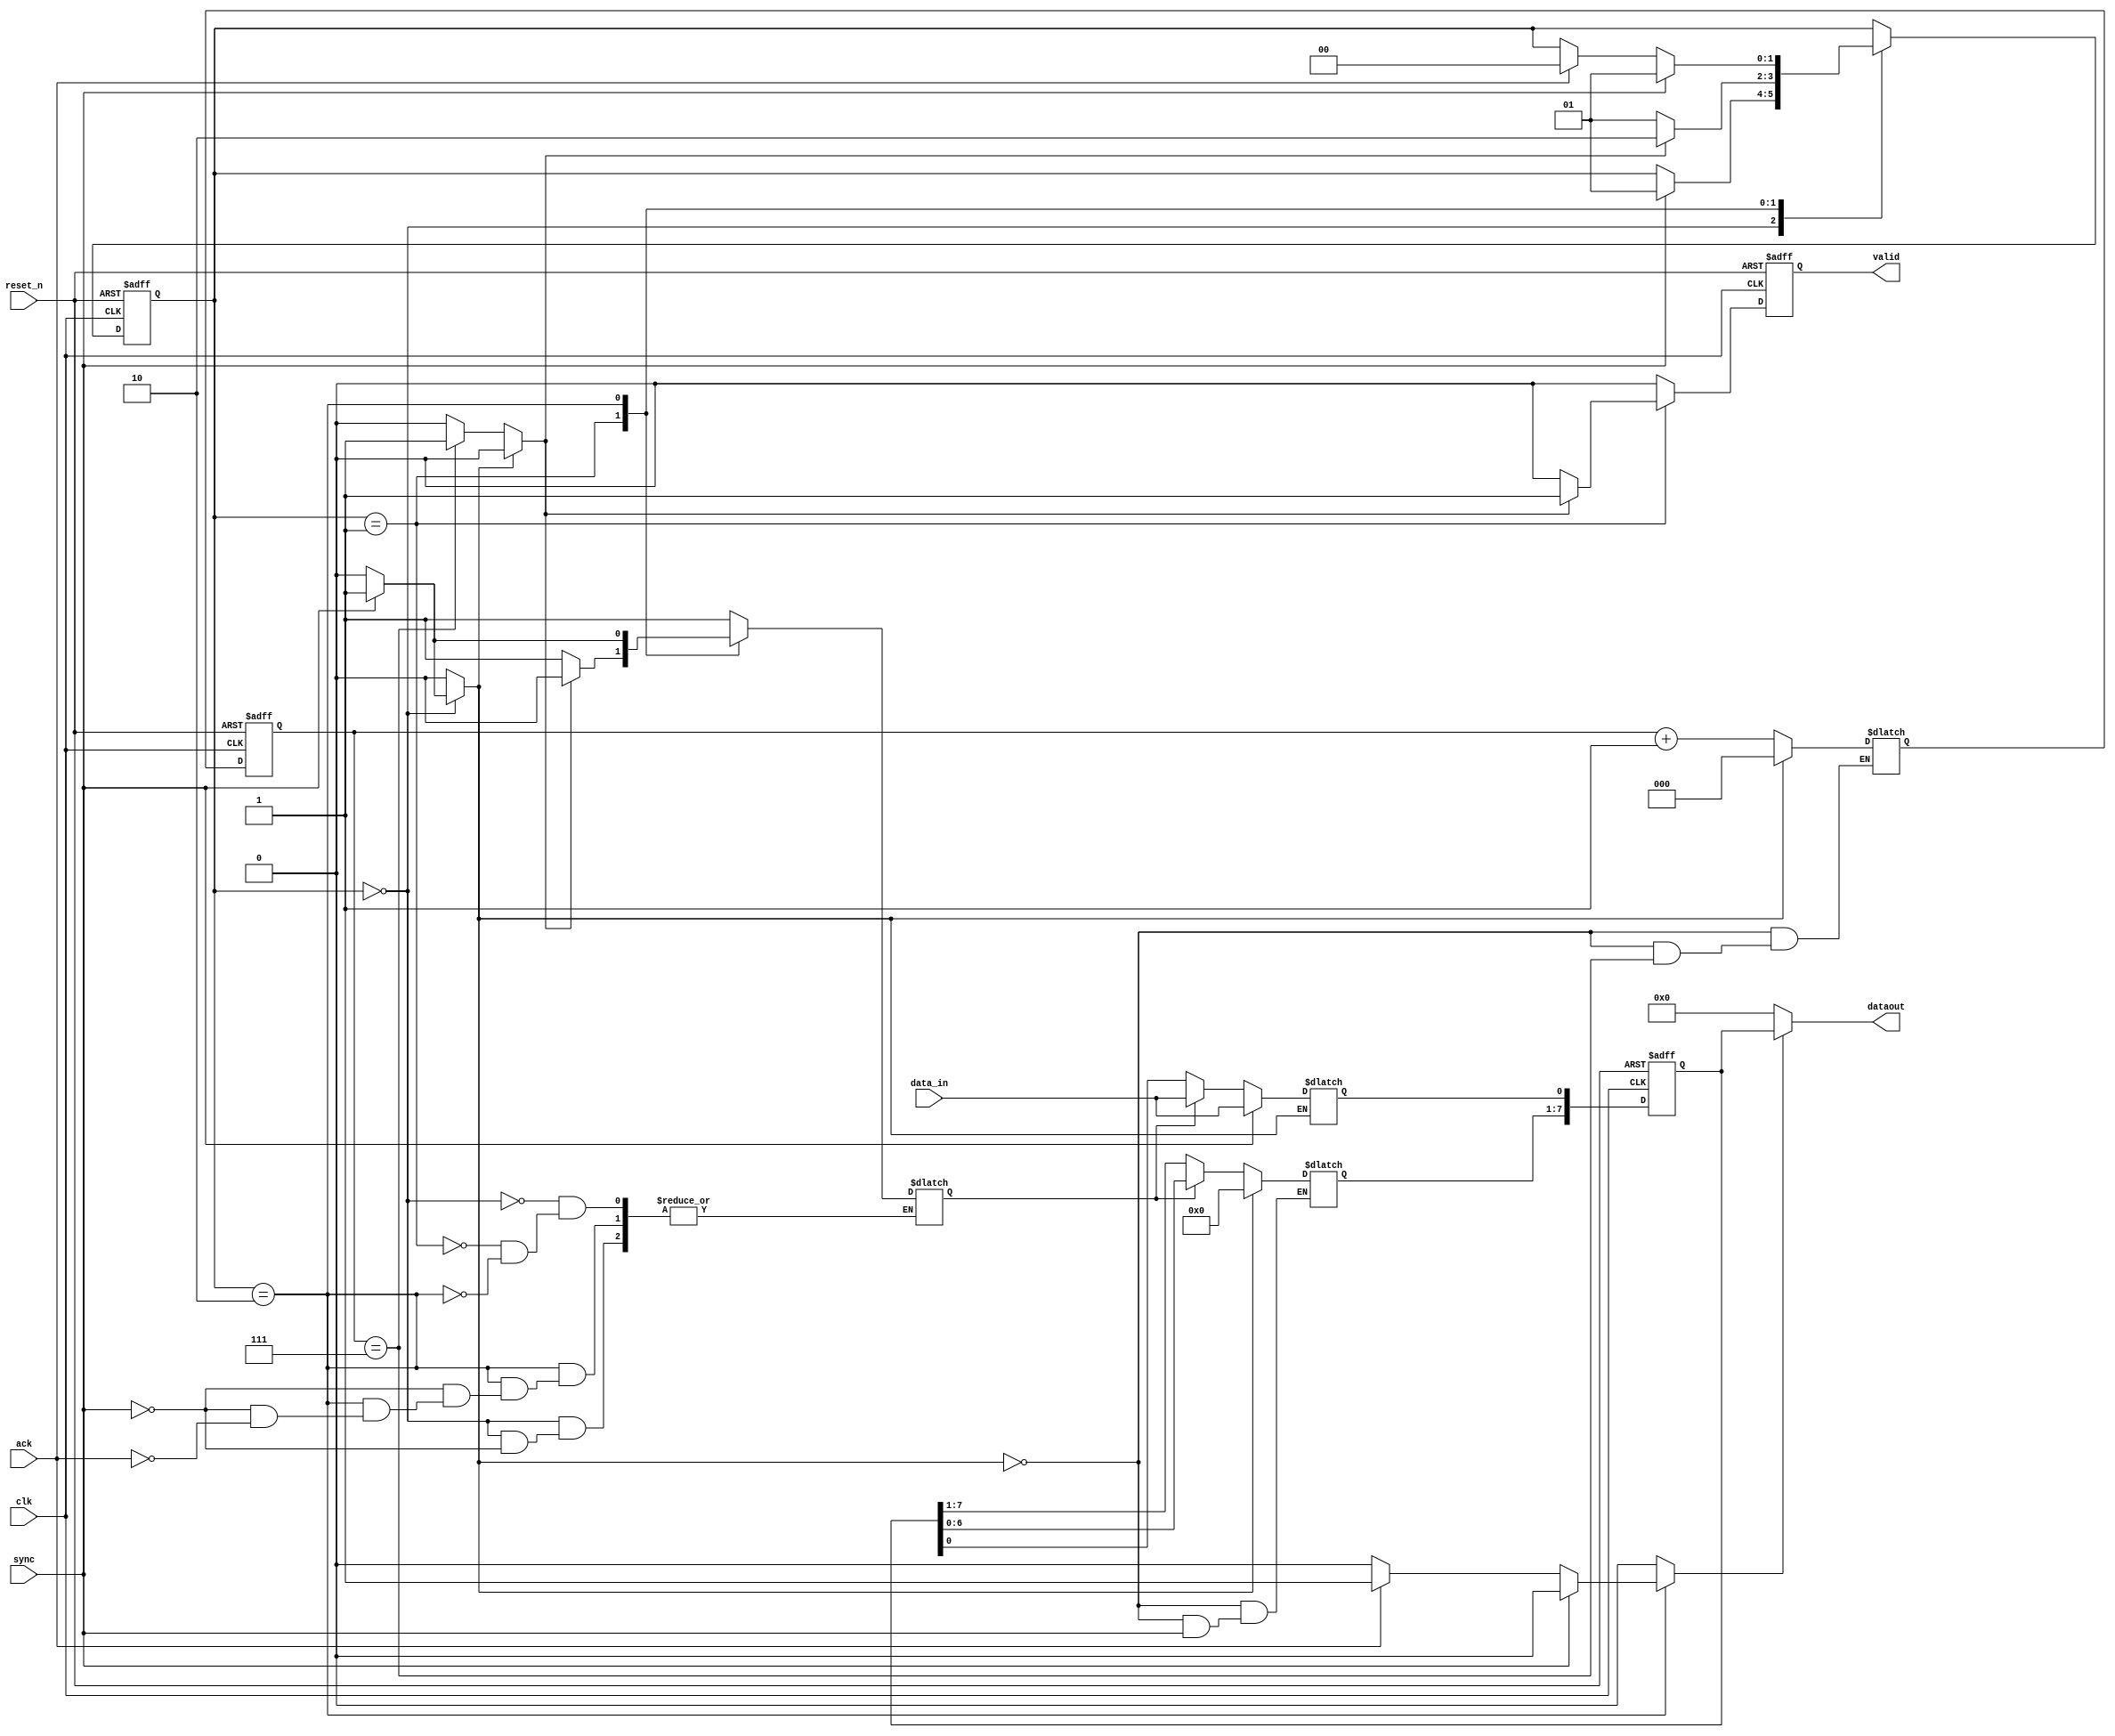
module s2p #(
	parameter width = 8
)(
	input clk, reset_n, sync, ack,
	input data_in,
	output reg valid,
	output [width-1:0] dataout
);
reg [width-1:0] dout, dout_next;
reg [2:0] cnt, cnt_next;
reg [1:0] state, state_next;
parameter idle = 2'b00, get = 2'b01, wait_ack = 2'b10;
reg valid_next, nload, cnt_rst, din, dou;

always@(posedge clk or negedge reset_n) begin
	if (!reset_n) begin 
		dout <= 0;
		cnt <= 0;
		state <= idle;
		valid <= 0;
	end	
	else begin 
		dout <= dout_next;
		cnt <= cnt_next;
		state <= state_next;
		valid <= valid_next;
	end
end
assign dataout = (dou)? dout:'b0;
always@(*) begin
	if (cnt_rst) dout_next[width-1:1] = 'b0;
	else if (sync) dout_next[0] = data_in; 
	else if(din) begin
		dout_next[width-1:1] = dout[width-2:0];
		dout_next[0] = data_in;
	end
	else dout_next = dout;
end

always@(*) begin
	if (cnt_rst) begin
		cnt_next = 0;
		nload = 0;
	end
	else if (cnt == 7) 
		nload = 1;
	else begin 
		cnt_next = cnt + 1;
		nload = 0;
	end
end

always@(*) begin
	state_next = state;
	cnt_rst = 0;
	dou = 0;
	valid_next = 0;
	case(state)
		idle: begin
			if (sync) begin
				state_next = get;
				cnt_rst = 1;
				valid_next = 0;
				din = 1;
			end
		end
		get: begin
			if (nload) begin
				state_next = wait_ack;
				valid_next = 1;
				din = 0;
			end
			else begin
				state_next = get;
				valid_next = 0;
				din = 1;
			end
		end
		wait_ack: begin
			if (sync) begin
				state_next = get;
				valid_next = 0;
				cnt_rst = 0;
				din = 1;
				dou = 0;
			end
			else if (ack) begin
				state_next = idle;
				valid_next = 0;
				cnt_rst = 0;
				din = 0;
				dou = 1;
			end
		end
	endcase
end

endmodule